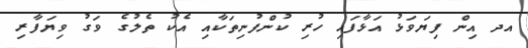
އދ އިން ފިޔަވަޅު އަޅާފައި ހުރި ކުންފުނިތަކާއި އެކު ތެލުގެ ވަގު ވިޔަފާރި